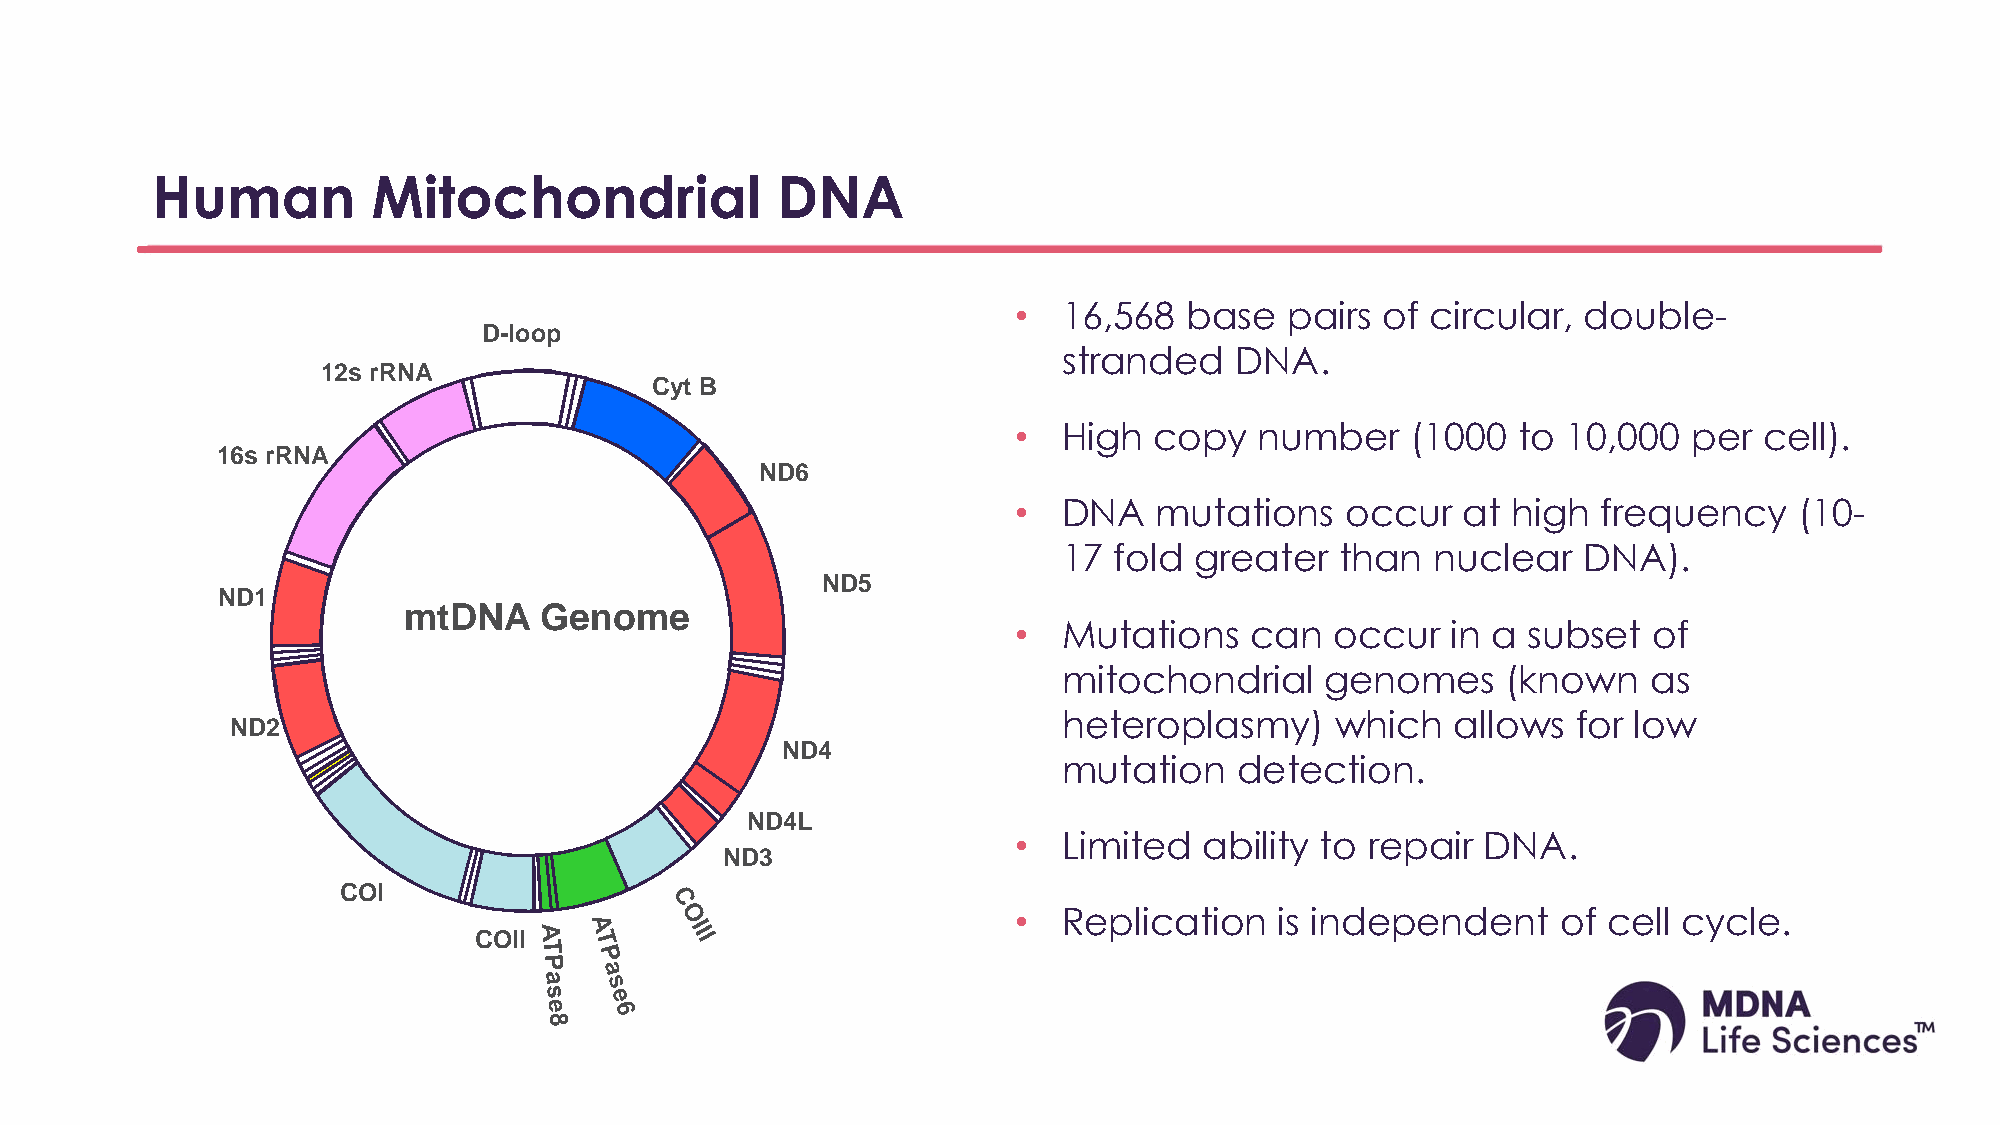
Human          Mitochondrial             DNA
 •  16,568   base  pairs of  circular, double-
 D-loop
 stranded    DNA.
 12s rRNA
 Cyt B
 •  High  copy   number    (1000   to 10,000  per  cell).
 16s rRNA
 ND6
 •  DNA    mutations   occur   at high  frequency    (10-
 17  fold greater   than  nuclear   DNA).
 ND5
 ND1
 mtDNA    Genome
 •  Mutations    can  occur   in a subset  of
 mitochondrial     genomes     (known   as
 heteroplasmy)     which   allows  for low
 ND2
 ND4
 mutation    detection.
 ND4L
 •  Limited   ability to repair DNA.
 ND3
 COI
 •  Replication    is independent    of cell cycle.
 COII